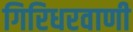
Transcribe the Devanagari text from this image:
गिरिधरवाणी